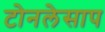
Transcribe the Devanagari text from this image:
टोनलेसाप